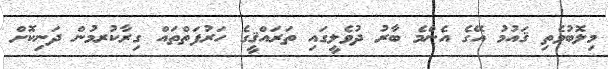
މިލޮބުވެތި ޤައުމު އޭގެ އެންމެ ބާރު ދުވެލީގައި ތަރައްޤީގެ ހަރުފަތްތައް ގިރާކުރމުން ދަނިކޮށް